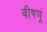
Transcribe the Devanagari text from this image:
वीषणूं